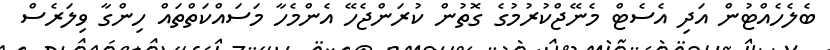
ބެލެހެއްޓުން އަދި އެސެޓް މެނޭޖްކުރުމުގެ ގޮތުން ކުރަންޖެހޭ އެންމެހާ މަސައްކަތްތައް ހިންގާ ވިލަރެސް